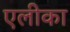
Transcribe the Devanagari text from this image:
एलीका